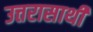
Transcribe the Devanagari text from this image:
उत्तरासाथी